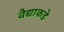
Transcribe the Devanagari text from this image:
वैद्याकडे